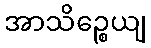
အာသိဉ္စေယျ